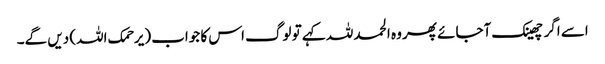
اسے اگر چھینک آجائے پھر وہ الحمد للہ کہے تو لوگ اس کا جواب (یرحمک اللہ) دیں گے۔